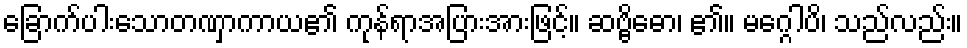
ခြောက်ပါးသောတဏှာကာယ၏ ကုန်ရာအပြားအားဖြင့်။ ဆဗ္ဗိဓော၊ ၏။ မဂ္ဂေါပိ၊ သည်လည်း။